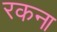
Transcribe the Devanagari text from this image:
रकना